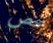
شخص